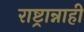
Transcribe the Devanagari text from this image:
राष्ट्रान्नाही